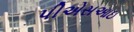
પીએસઆઇ